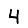
Digit: 4